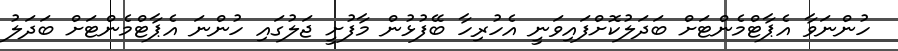
ހުންނަވާ އެޕާޓްމެންޓަށް ބަދަލުކޮށްފައިވަނީ އެހުރިހާ ބޭފުޅުން މާފުށީ ޖަލުގައި ހުންނަ އެޕާޓްމެންޓަށް ބަދަލު